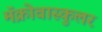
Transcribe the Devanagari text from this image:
मॅक्रोवास्कुलर